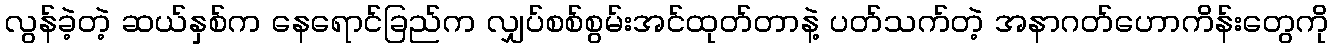
လွန်ခဲ့တဲ့ ဆယ်နှစ်က နေရောင်ခြည်က လျှပ်စစ်စွမ်းအင်ထုတ်တာနဲ့ ပတ်သက်တဲ့ အနာဂတ်ဟောကိန်းတွေကို